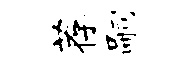
荐嗣